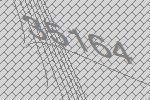
35164